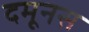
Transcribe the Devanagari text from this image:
दमूनस